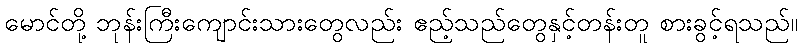
မောင်တို့ ဘုန်းကြီးကျောင်းသားတွေလည်း ဧည့်သည်တွေနှင့်တန်းတူ စားခွင့်ရသည်။